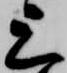
上